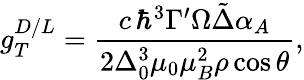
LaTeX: g_{T}^{D/L}=\frac{c\, \hbar^{3}\Gamma^{\prime}\Omega\tilde{\Delta}\alpha_{A}}{2\Delta_{0}^{3}\mu_{0}\mu_{B}^{2}\rho\cos{\theta}},